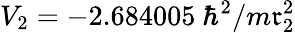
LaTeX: V_{2}=-2.684005~\hbar^{2}/m\mathfrak{r}_{2}^{2}